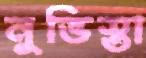
নুভিস্তা